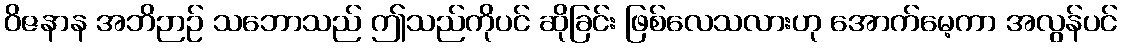
ဝိဇနာန အဘိဉာဉ် သဘောသည် ဤသည်ကိုပင် ဆိုခြင်း ဖြစ်လေသလားဟု အောက်မေ့ကာ အလွန်ပင်